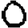
Digit: 0